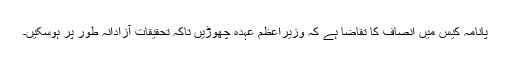
پانامہ کیس میں انصاف کا تقاضا ہے کہ وزیراعظم عہدہ چھوڑیں تاکہ تحقیقات آزادانہ طور پر ہوسکیں۔